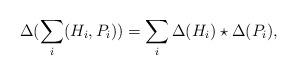
LaTeX: \begin{align*}\Delta(\sum_i (H_i, P_i))=\sum_i \Delta(H_i)\star \Delta(P_i), \end{align*}